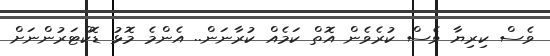
ވެސް ކިރިޔާ ވެސް ކުރެވެން އޮތް ކަމެއް ކުރާނަން.. އެންމެ މޮޅު ޑޮކްޓަރުންނަށް